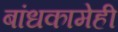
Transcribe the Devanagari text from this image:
बांधकामेही